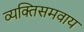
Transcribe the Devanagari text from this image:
व्यक्तिसमवाय